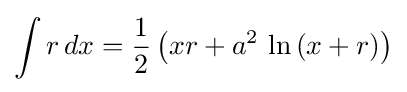
\int r\,dx={\frac {1}{2}}\left(xr+a^{2}\,\ln \left(x+r\right)\right)